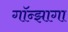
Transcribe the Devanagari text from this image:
गॉन्झागा